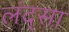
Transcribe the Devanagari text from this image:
लंद्सा